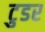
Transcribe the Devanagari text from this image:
टुडर